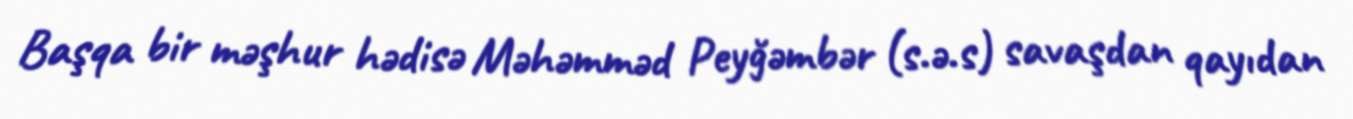
Başqa bir məşhur hədisə Məhəmməd Peyğəmbər (s.ə.s) savaşdan qayıdan